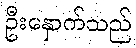
ဦးနှောက်သည်